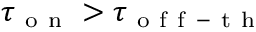
\tau _ { \mathrm { ~ o ~ n ~ } } > \tau _ { \mathrm { ~ o ~ f ~ f ~ - ~ t ~ h ~ } }